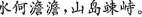
水何澹澹，山岛竦峙。